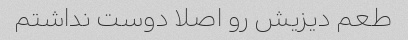
طعم دیزیش رو اصلا دوست نداشتم